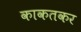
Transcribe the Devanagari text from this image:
काकतकर